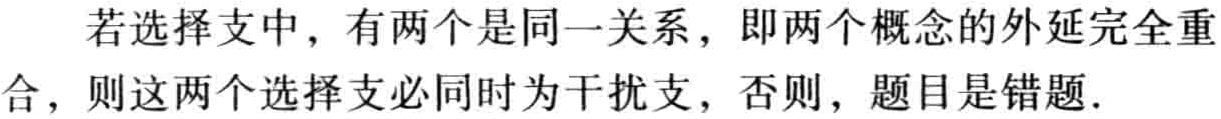
若选择支中，有两个是同一关系，即两个概念的外延完全重合，则这两个选择支必同时为干扰支，否则，题目是错题．